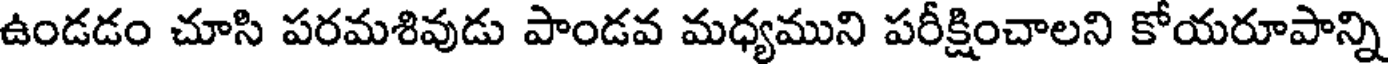
ఉండడం చూసి పరమశివుడు పాండవ మధ్యముని పరీక్షించాలని కోయరూపాన్ని